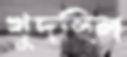
খুদছিল